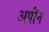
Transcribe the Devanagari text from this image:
अपीन